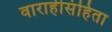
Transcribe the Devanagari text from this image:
वाराहीसंहिता